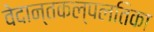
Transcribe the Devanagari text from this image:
वेदान्तकल्पलतिका